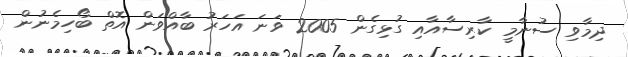
ދިމާވި ސުނާމީ ކާރިސާއާއި ގުޅިގެން 2005 ވަނަ އަހަރު ބާއްވަން އޮތް ބޯހިމެނުން